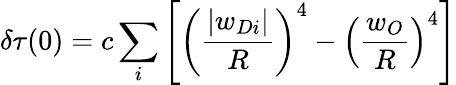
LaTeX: \delta\tau(0)=c\sum_{i}\left[\left(\frac{|w_{Di}|}{R}\right)^{4}-\left(\frac{w_{O}}{R}\right)^{4}\right]